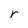
Character: r